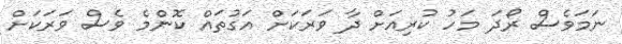
ނަމަވެސް ރޯދަ މަހު ކުރިއަށް ދާ ވަރަކަށް އަގުތައް ކޮންމެ ވެސް ވަރަކަށް